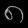
Digit: ၈